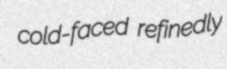
cold-faced refinedly